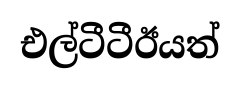
එල්ටීටීඊයත්